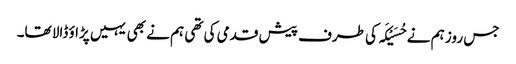
جس روز ہم نے حُسَیْکَہ کی طرف پیش قدمی کی تھی ہم نے بھی یہیں پڑاؤ ڈالا تھا۔